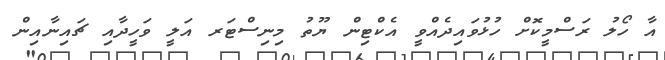
އާ ހޯލު ރަސްމީކޮށް ހުޅުވައިދެއްވީ އެކްޓިން ޔޫތު މިނިސްޓަރ އަލީ ވަހީދާއި ޗައިނާއިން